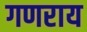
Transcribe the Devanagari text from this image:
गणराय